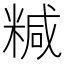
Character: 𥻇